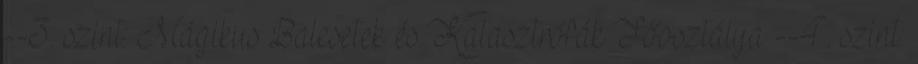
--3. szint: Mágikus Balesetek és Katasztrófák Főosztálya --4. szint: